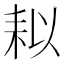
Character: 䎣